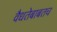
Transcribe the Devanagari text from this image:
वैधतेबाबतच